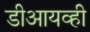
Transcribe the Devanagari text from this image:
डीआयव्ही